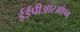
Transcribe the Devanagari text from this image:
ईईपीआरओएम